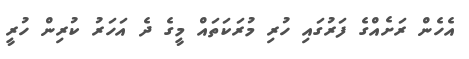
އެހެން ރަށެއްގެ ފަރުގައި ހުރި މުރަކަތައް މީގެ ދެ އަހަރު ކުރިން ހުރީ